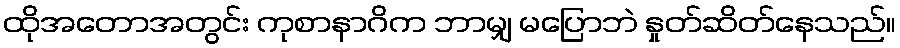
ထိုအတောအတွင်း ကုစာနာဂိက ဘာမျှ မပြောဘဲ နှုတ်ဆိတ်နေသည်။